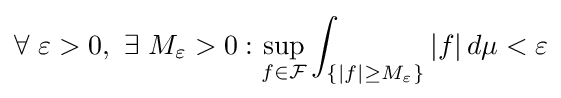
\forall \ \varepsilon >0,\ \exists \ M_{\varepsilon }>0:\sup _{f\in {\mathcal {F}}}\int _{\{|f|\geq M_{\varepsilon }\}}|f|\,d\mu <\varepsilon